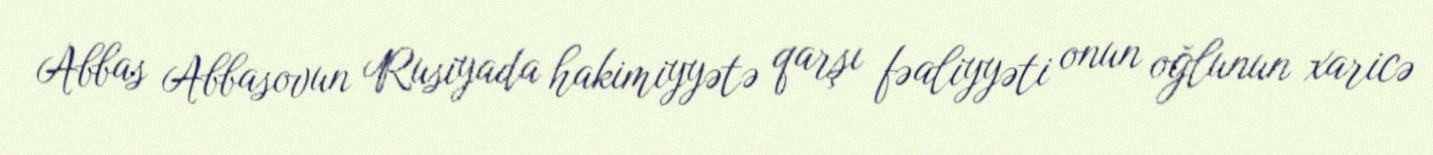
Abbas Abbasovun Rusiyada hakimiyyətə qarşı fəaliyyəti onun oğlunun xaricə